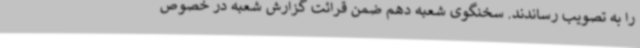
را به تصویب رساندند. سخنگوی شعبه دهم ضمن قرائت گزارش شعبه در خصوص